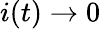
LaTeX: i(t)\to 0